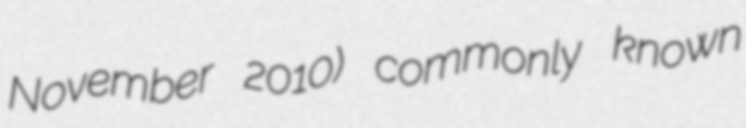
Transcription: November 2010) commonly known